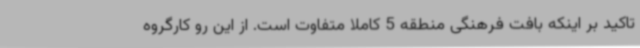
تاکید بر اینکه بافت فرهنگی منطقه 5 کاملا متفاوت است. از این رو کارگروه